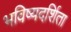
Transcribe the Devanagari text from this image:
भविष्यदर्शिता